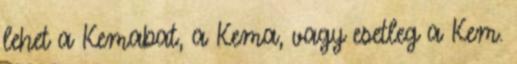
lehet a Kemabat, a Kema, vagy esetleg a Kem.